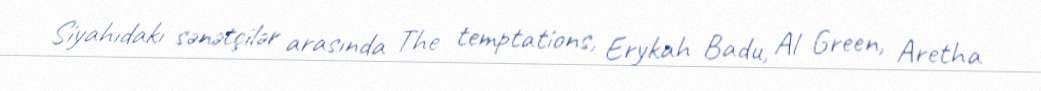
Siyahıdakı sənətçilər arasında The temptations, Erykah Badu, Al Green, Aretha